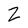
Character: Z